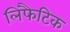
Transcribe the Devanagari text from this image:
लिंफैटिक